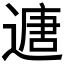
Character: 𮞻